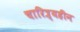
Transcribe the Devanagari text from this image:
चारित्र्यहीन